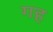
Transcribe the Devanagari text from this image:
गह